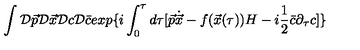
\int { \cal D } \vec { p } { \cal D } \vec { x } { \cal D } c { \cal D } \bar { c } e x p \{ i \int _ { 0 } ^ { \tau } d \tau [ \vec { p } \dot { \vec { x } } - f ( \vec { x } ( \tau ) ) H - i \frac { 1 } { 2 } \bar { c } \partial _ { \tau } c ] \}